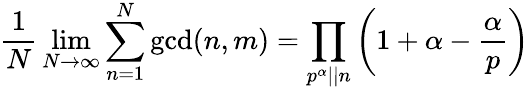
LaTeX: {\frac{1}{N}}\operatorname*{lim}_{N\to\infty}\sum_{n=1}^{N}\operatorname*{gcd}(n,m)=\prod_{p^{\alpha}||n}\left(1+\alpha-{\frac{\alpha}{p}}\right)